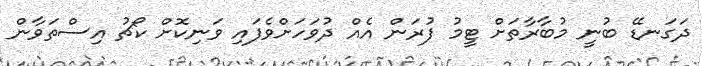
ދަގަނޑޭ ބުނީ މުބާރާތަށް ޓީމު ފުރަން އެއް ދުވަހަށްވެފައި ވަނިކޮށް ކޯޗު އިސްތަވާން